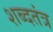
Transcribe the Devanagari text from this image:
शब्दतंत्र